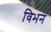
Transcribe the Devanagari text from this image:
विभन